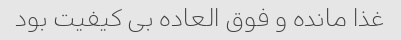
غذا مانده و فوق العاده بی کیفیت بود